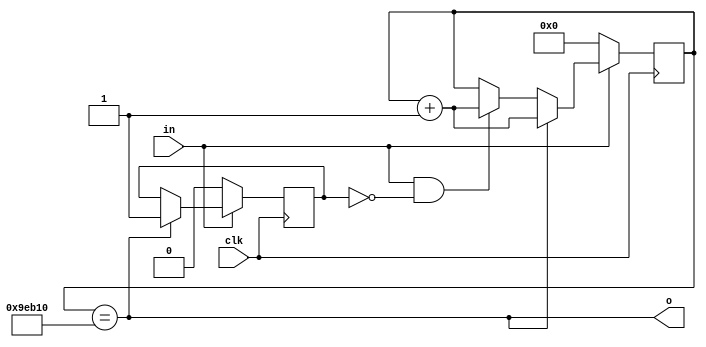
`timescale 1ns / 1ps
//////////////////////////////////////////////////////////////////////////////////
// Company: 
// Engineer: 
// 
// Design Name: 
// Module Name:    debounce_module 
// Project Name: 
// Target Devices: 
// Tool versions: 
// Description: 
//
// Dependencies: 
//
// Revision: 
// Revision 0.01 - File Created
// Additional Comments: 
//
//////////////////////////////////////////////////////////////////////////////////
module debounce_module(
   output o,
	input clk,
	input in
);
 
parameter limit = 20'd650000;
 
reg [19:0] counter;
reg hit;
 
assign o = (counter == limit);
 
always@(posedge clk) begin
        if(!in) begin
		counter <= 0;
		hit <= 0;        
        end else if(counter == limit) begin
		hit <= 1;
		counter <= counter + 1;
	end else if(in & !hit) begin
		counter <= counter + 1;
	end
end


endmodule